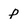
Character: p